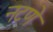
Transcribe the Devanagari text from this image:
नटणे